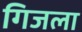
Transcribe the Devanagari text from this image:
गिजला